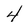
Character: 4